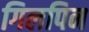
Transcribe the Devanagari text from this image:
गिलपिन